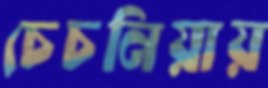
চেচনিয়ায়